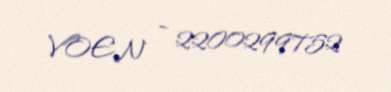
VOEN - 2200299752